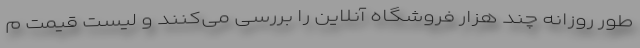
طور روزانه چند هزار فروشگاه آنلاین را بررسی می‌کنند و لیست قیمت م